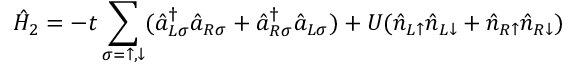
\hat { H } _ { 2 } = - t \sum _ { \sigma = \uparrow , \downarrow } ( \hat { a } _ { L \sigma } ^ { \dag } \hat { a } _ { R \sigma } + \hat { a } _ { R \sigma } ^ { \dag } \hat { a } _ { L \sigma } ) + U ( \hat { n } _ { L \uparrow } \hat { n } _ { L \downarrow } + \hat { n } _ { R \uparrow } \hat { n } _ { R \downarrow } )